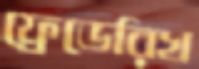
ফ্রেডেরিখ